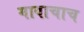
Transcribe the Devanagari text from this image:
गावाचाच